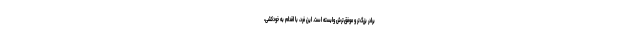
برادرِ بزرگ‌تر و موفق‌ترش وابسته است. این فرد، با اقدام به خودکشی،